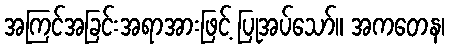
အကြင်အခြင်းအရာအားဖြင့် ပြုအပ်သော်။ အကတေန၊